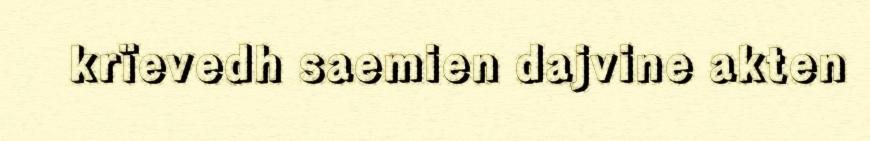
krïevedh saemien dajvine akten